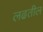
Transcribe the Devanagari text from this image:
लढतील